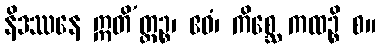
နိဒဿနေ ဣတိ’တ္ထဉ္စ၊ ဧဝံ၊ ကိစ္ဆေ ကထဉ္စိ စ။